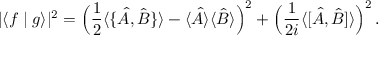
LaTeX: | \langle f \mid g \rangle | ^ { 2 } = { \Big ( } { \frac { 1 } { 2 } } \langle \{ { \hat { A } } , { \hat { B } } \} \rangle - \langle { \hat { A } } \rangle \langle { \hat { B } } \rangle { \Big ) } ^ { 2 } + { \Big ( } { \frac { 1 } { 2 i } } \langle [ { \hat { A } } , { \hat { B } } ] \rangle { \Big ) } ^ { 2 } \, .